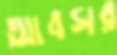
আবসর